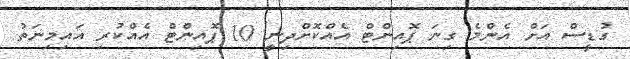
ގުޑީސް އަށް އެންމެ ގިނަ ޕޮއިންޓް އެއްކޮށްދިނީ 10 ޕޮއިންޓް އެއްކުރި އައިމިނަތު